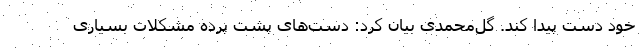
خود دست پیدا کند. گل‌محمدی بیان کرد: دست‌های پشت پرده مشکلات بسیاری